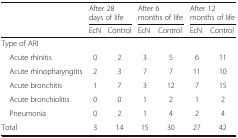
<table><thead><tr><td></td><td colspan="2"><b>After 28 days of life</b></td><td colspan="2"><b>After 6 months of life</b></td><td colspan="2"><b>After 12 months of life</b></td></tr><tr><td></td><td><b>EcN</b></td><td><b>Control</b></td><td><b>EcN</b></td><td><b>Control</b></td><td><b>EcN</b></td><td><b>Control</b></td></tr></thead><tbody><tr><td colspan="7">Type of ARI</td></tr><tr><td> Acute rhinitis</td><td>0</td><td>2</td><td>3</td><td>5</td><td>6</td><td>11</td></tr><tr><td> Acute rhinopharyngitis</td><td>2</td><td>3</td><td>7</td><td>7</td><td>11</td><td>10</td></tr><tr><td> Acute bronchitis</td><td>1</td><td>7</td><td>3</td><td>12</td><td>7</td><td>15</td></tr><tr><td> Acute bronchiolitis</td><td>0</td><td>0</td><td>1</td><td>2</td><td>1</td><td>2</td></tr><tr><td> Pneumonia</td><td>0</td><td>2</td><td>1</td><td>4</td><td>2</td><td>4</td></tr><tr><td>Total</td><td>3</td><td>14</td><td>15</td><td>30</td><td>27</td><td>42</td></tr></tbody></table>